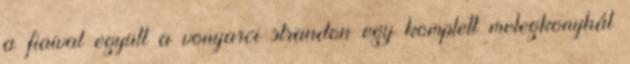
a fiaival együtt a vonyarci strandon egy komplett melegkonyhát